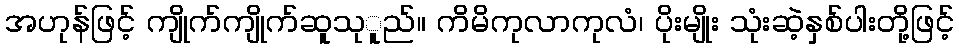
အဟုန်ဖြင့် ကျိုက်ကျိုက်ဆူသုူည်။ ကိမိကုလာကုလံ၊ ပိုးမျိုး သုံးဆဲ့နှစ်ပါးတို့ဖြင့်